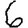
Digit: 6